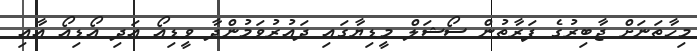
މިހާތަނަށް ޖާބިރުގެ ފަރާތުން ސޯޝަލް މީޑިޔާގައި ދައުރުވަމުންދާ ވީޑިއޯ އަދި އޯޑިއޯ އާއި